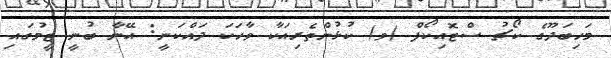
މަހިބަދޫގެ ކޯޗު ސްޓޮއިކޯފް (ވ) ކުޅުންތެރިއަކާ ވާހަކަ ދައްކަނީ: އޭނާ ބުނީ ޓީމުގައި